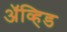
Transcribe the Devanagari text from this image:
अॅव्हिड